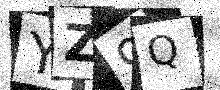
Text: YZ9Q